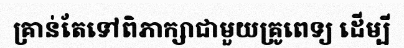
គ្រាន់តែទៅពិភាក្សាជាមួយគ្រូពេទ្យ ដើម្បី